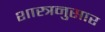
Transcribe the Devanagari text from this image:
शास्त्रनुसार